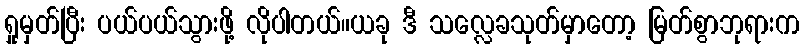
ရှုမှတ်ပြီး ပယ်ပယ်သွားဖို့ လိုပါတယ်။ယခု ဒီ သလ္လေခသုတ်မှာတော့ မြတ်စွာဘုရားက